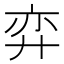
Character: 弈